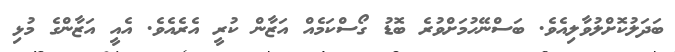
ބަދަލުކޮށްލުވާލިއެވެ. ބަސްނޭހުމަށްވުރެ ބޮޑު ގޯސްކަމެއް އަޒާން ކުރީ އެރެއެވެ. އެއީ އަޒާންގެ މުޅި